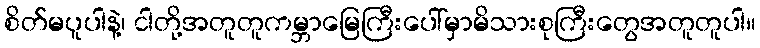
စိတ်မပူပါနဲ့၊ ငါတို့အတူတူကမ္ဘာမြေကြီးပေါ်မှာမိသားစုကြီးတွေအတူတူပါ။